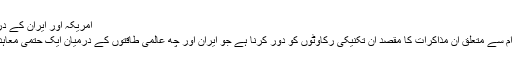
امریکہ اور ایران کے درمیان جنیوا میں مذاکرات
ایران کے جوہری پروگرام سے متعلق ان مذاکرات کا مقصد ان تکنیکی رکاوٹوں کو دور کرنا ہے جو ایران اور چھ عالمی طاقتوں کے درمیان ایک حتمی معاہدے کی راہ میں حائل ہیں۔